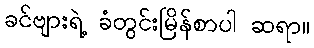
ခင်ဗျားရဲ့ ခံတွင်းမြိန်စာပါ ဆရာ။